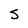
Character: S